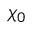
\chi _ { 0 }